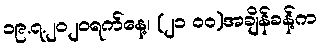
၁၉.၇.၂၀၂၀ရက်နေ့၊ (၂၁ ၀၀)အချိန်ခန့်က